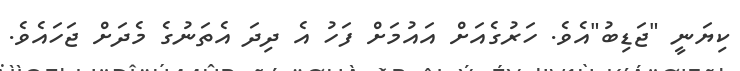
ކިޔަނީ "ޖަޑިބު"އެވެ. ހަރުގެއަށް އައުމަށް ފަހު އެ ދިދަ އެތަނުގެ މެދަށް ޖަހައެވެ.